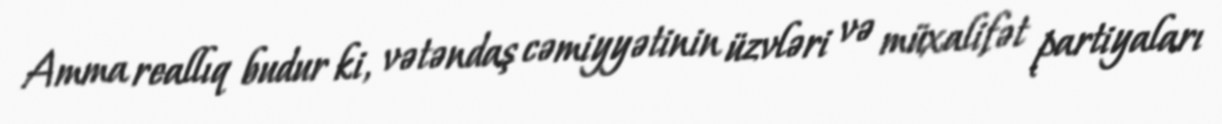
Amma reallıq budur ki, vətəndaş cəmiyyətinin üzvləri və müxalifət partiyaları